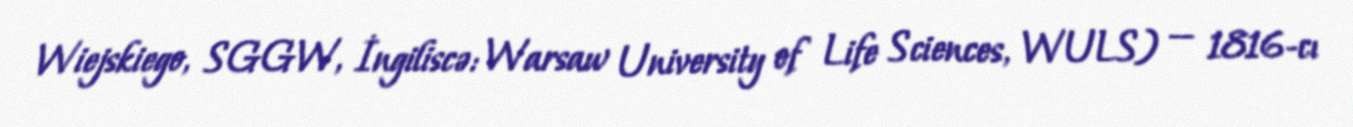
Wiejskiego, SGGW, İngiliscə: Warsaw University of Life Sciences, WULS) — 1816-cı